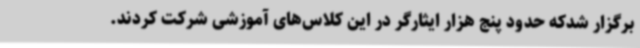
برگزار شدکه حدود پنج هزار ایثارگر در این کلاس‌های آموزشی شرکت کردند.